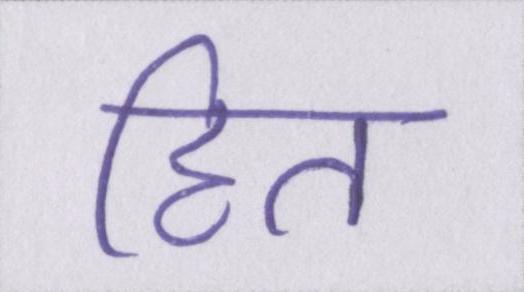
हित